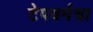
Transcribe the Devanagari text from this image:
टेपवर्मचा